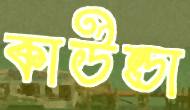
কাউন্ডা